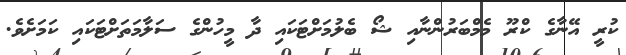
ކުރީ އޭނާގެ ކްރޫ މެމްބަރުންނާއި ޝޯ ބެލުމަށްޓަކައި ދާ މީހުންގެ ސަލާމަތަށްޓަކައި ކަމަށެވެ.